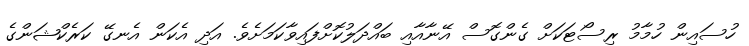
ހުސައިން ހުމާމު ރިސޯޓަކަށް ގެންގޮސް އޭނާއާއި ބައްދަލުކޮށްފައިވާކަމަށެވެ. އަދި އެކަން އެނގޭ ކަރެކްޝަންގެ